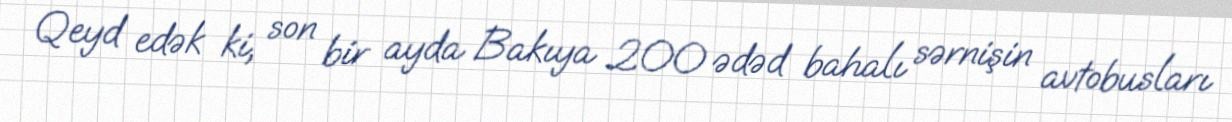
Qeyd edək ki, son bir ayda Bakıya 200 ədəd bahalı sərnişin avtobusları